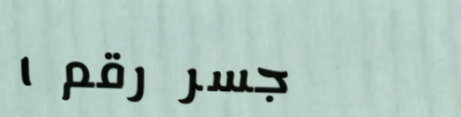
جسر رقم ١